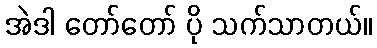
အဲဒါ တော်တော် ပို သက်သာတယ်။